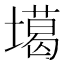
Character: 𡑪